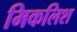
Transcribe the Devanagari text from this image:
मिकलिश